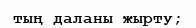
тың даланы жырту;